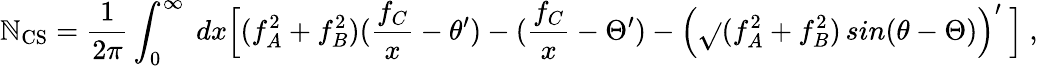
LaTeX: \mathbb{N}_{\mathrm{{CS}}}=\frac{{1}}{{2\pi}}\int_{0}^{\infty}\ dx\Bigl[(f_{A}^{2}+f_{B}^{2})(\frac{{f_{C}}}{{x}}-\theta^{\prime})-(\frac{{f_{C}}}{{x}}-\Theta^{\prime})-\Bigl(\sqrt{}{{(f_{A}^{2}+f_{B}^{2})}}\, sin(\theta-\Theta)\Bigr)^{\prime}\ \Bigr]\ ,